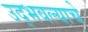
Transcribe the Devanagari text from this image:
उद्भवल्याचे